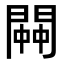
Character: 𨵓